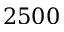
2 5 0 0